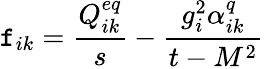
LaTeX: \mathtt{f}_{ik}=\frac{{Q_{ik}^{eq}}}{{s}}-\frac{{g_{i}^{2}\alpha_{ik}^{q}}}{{t-M^{2}}}